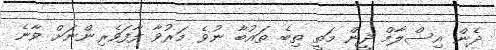
ދެން އިސްލާމް ދީން މަތީ ތިބެ ތައުބާ ނުވެ މަރުވާ ފާފަވެރިންނަށް ވާނެ